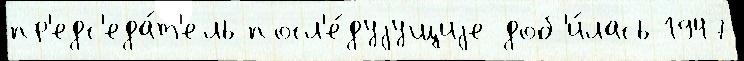
пр'едс'еда́т'ель посл'е́дуjущиjе доб'и́лась 1947